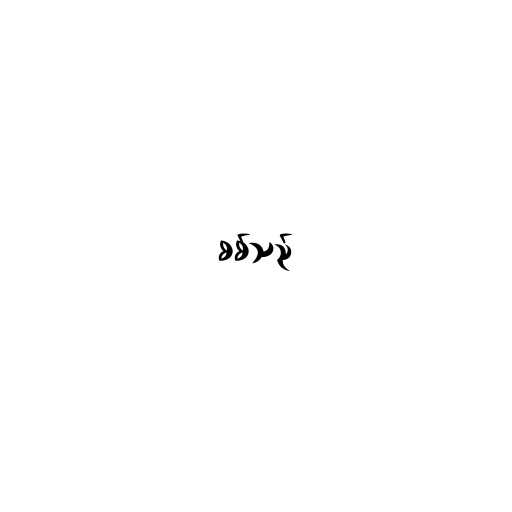
စစ်သည်